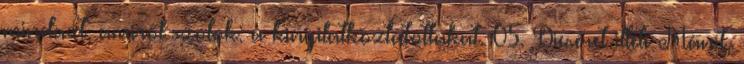
mindazt, amiről szólok: a kinyilatkoztatottakat. 05. Dicséret illeti Mánit,